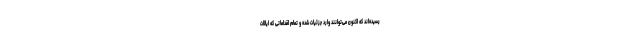
رسیده‌اند که اکنون می‌توانند وارد جزئیات شده و تمام اقداماتی که ایالات